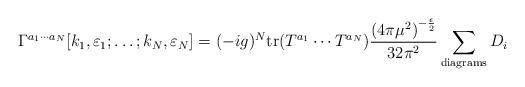
LaTeX: \begin{align*}\Gamma^{a_1\cdots a_N}[k_1,\varepsilon_1;\ldots;k_N,\varepsilon_N] = (-ig)^N{\rm tr}(T^{a_1}\cdots T^{a_N}){{{(4\pi\mu^2)}^{-{\epsilon\over 2}}}\over{32{\pi}^2}}\sum_{{\rm diagrams}} D_i\end{align*}